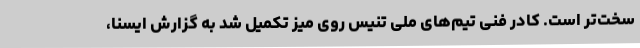
سخت‌تر است. کادر فنی تیم‌های ملی تنیس روی میز تکمیل شد به گزارش ایسنا،